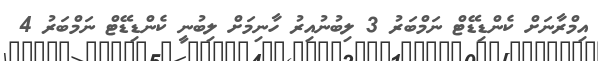
އިމްރާނަށް ކެންޑިޑޭޓް ނަމްބަރު 3 ލިބުނުއިރު ހާނިމަށް ލިބުނީ ކެންޑިޑޭޓް ނަމްބަރު 4